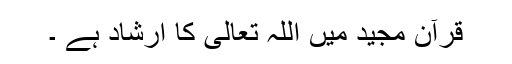
قرآن مجید میں اللہ تعالی کا ارشاد ہے ۔